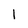
Character: I